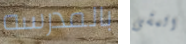
بالمدرسه المشى